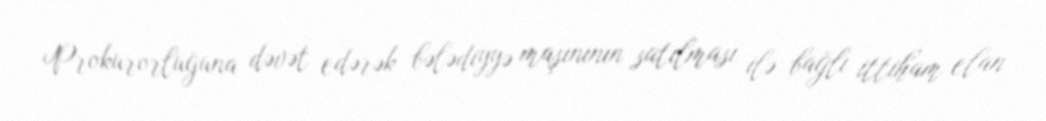
Prokurorluğuna dəvət edərək bələdiyyə maşınının satılması ilə bağlı ittiham elan